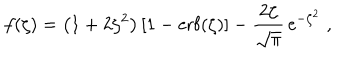
f ( \zeta ) = \left( 1 + 2 \zeta ^ { 2 } \right) [ 1 - \mathrm { e r f } ( \zeta ) ] - \frac { 2 \zeta } { \sqrt { \pi } } \, \mathrm { e } ^ { - \zeta ^ { 2 } } \; ,